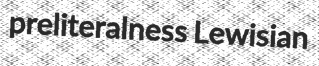
preliteralness Lewisian